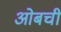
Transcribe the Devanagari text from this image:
ओबची